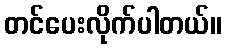
တင်ပေးလိုက်ပါတယ်။